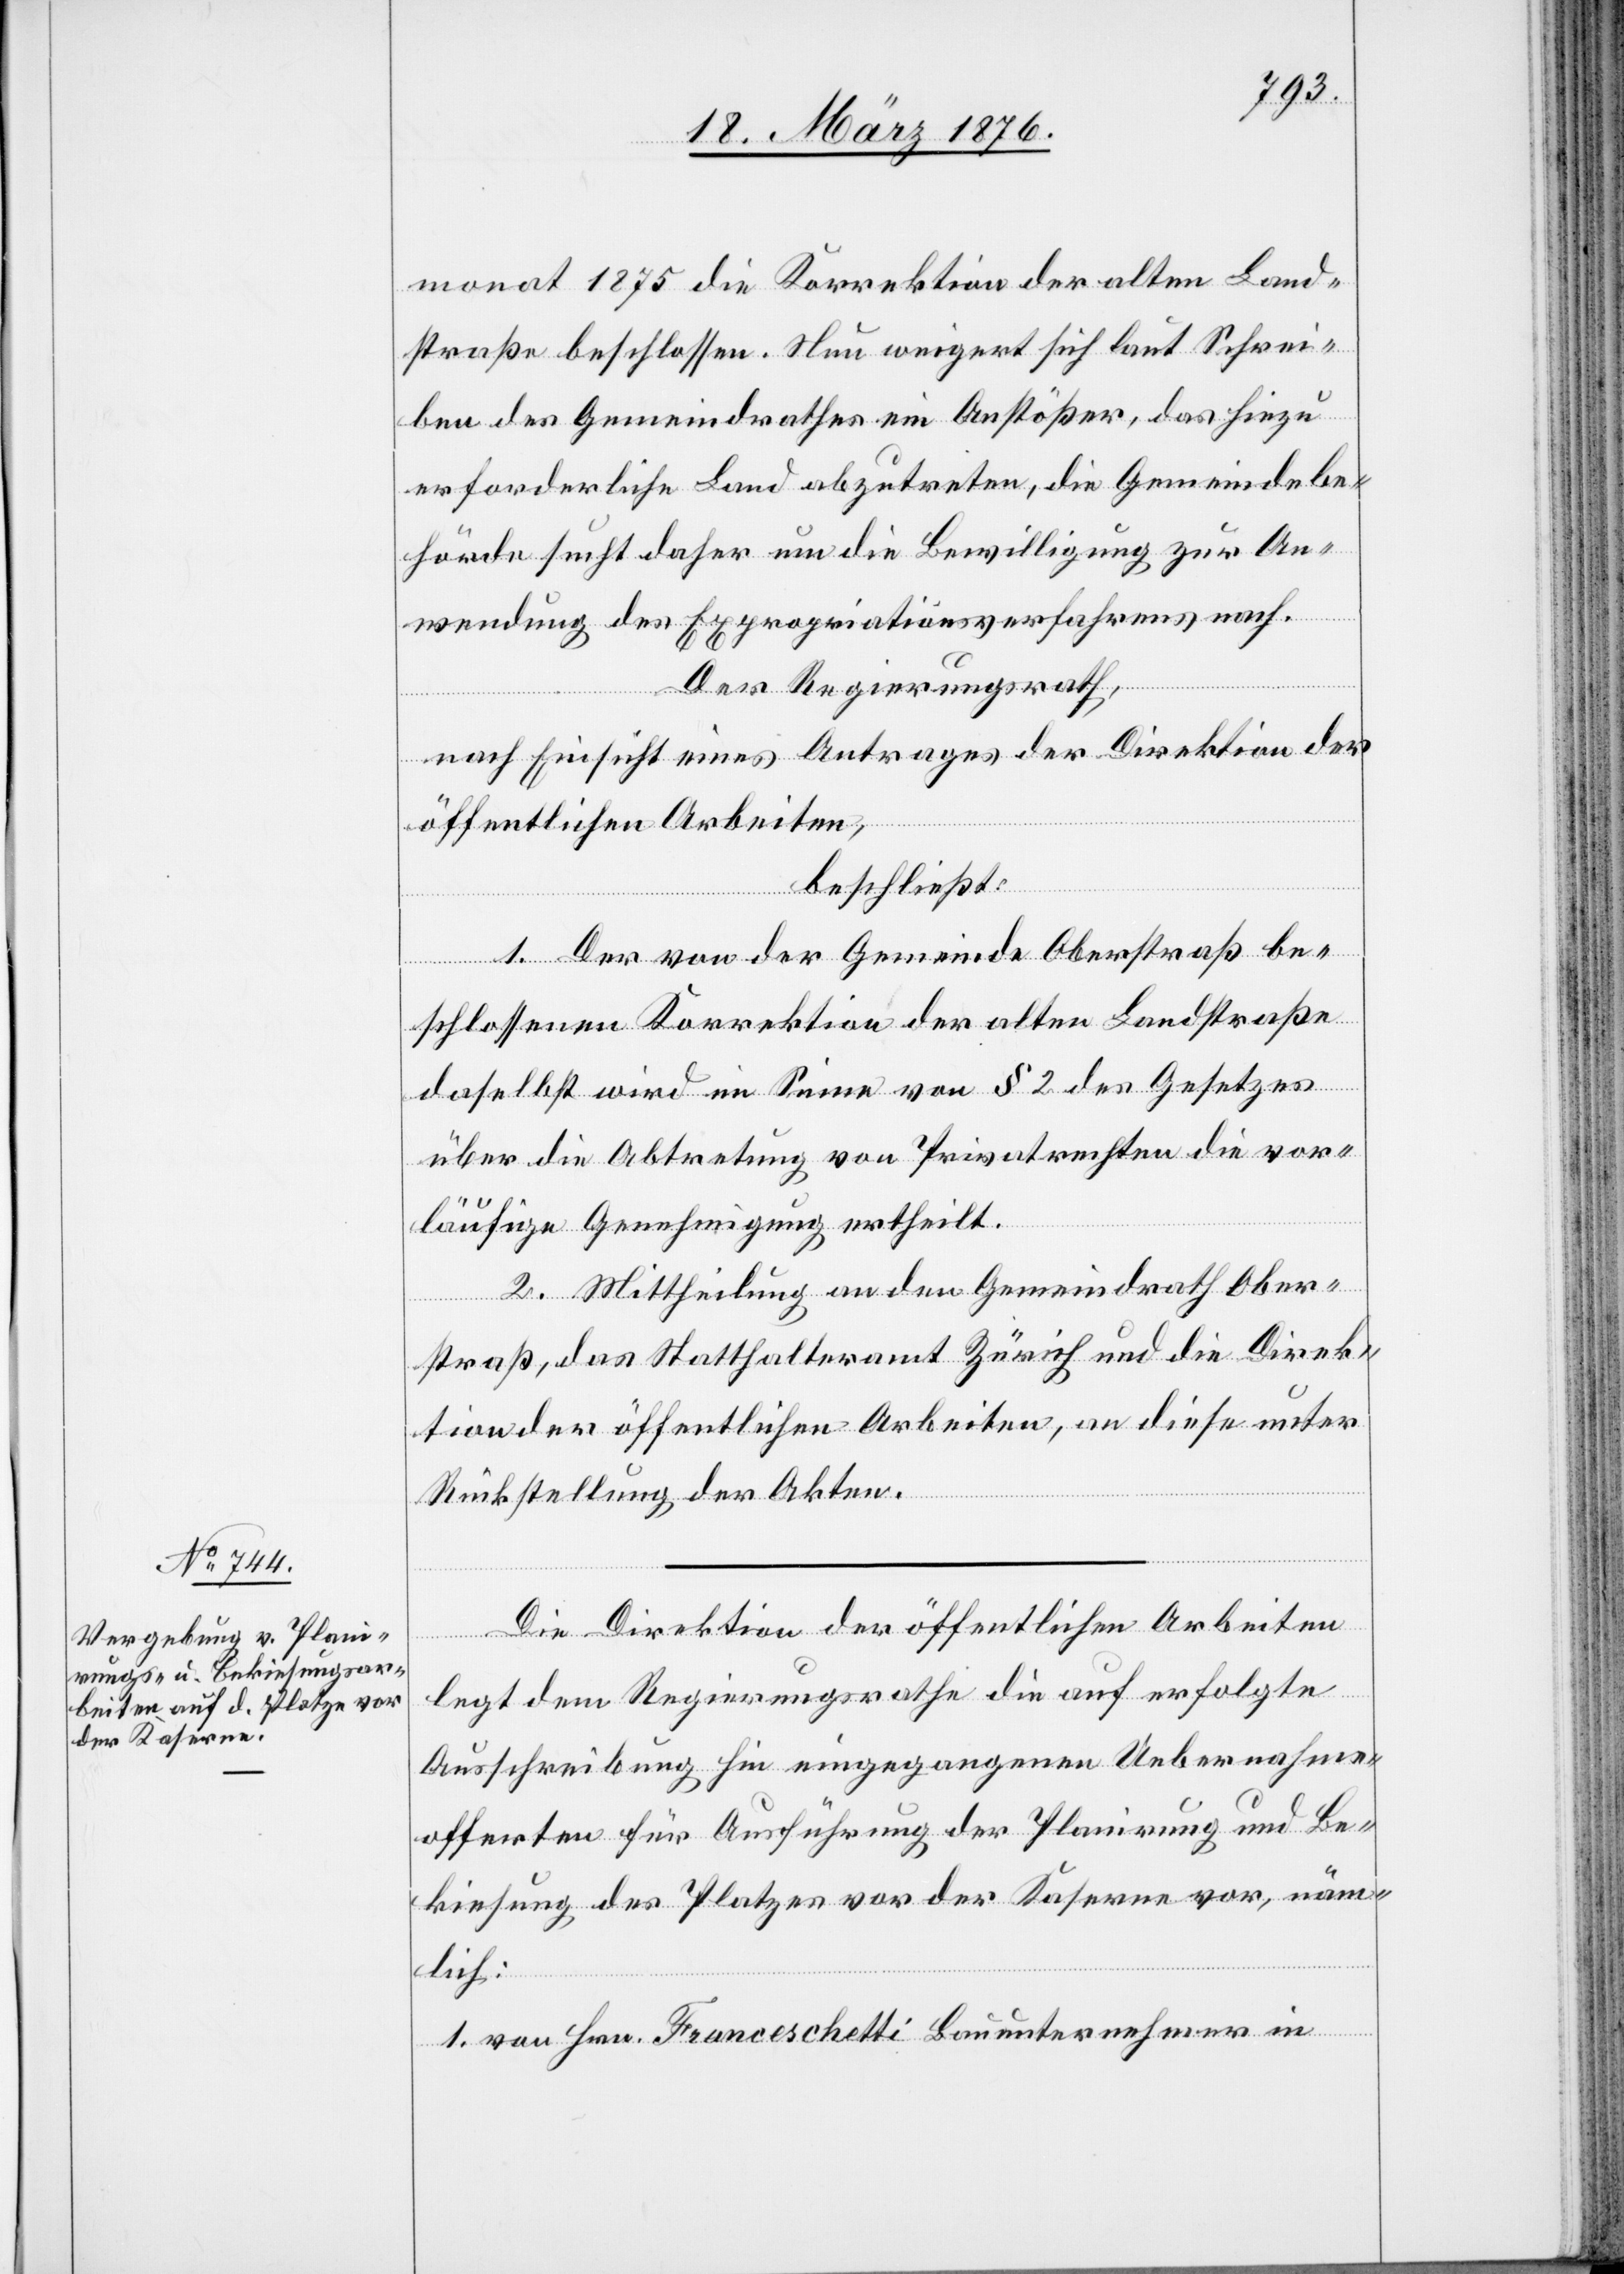
1.
monat 1875 die Korrektion der alten Land¬
straße beschlossen. Nun weigert sich laut Schrei¬
ben des Gemeindrathes ein Anstößer, das hiezu
erforderliche Land abzutreten, die Gemeindebe¬
hörde sucht daher um die Bewilligung zur An¬
wendung des Expropriationsverfahrens nach.
Der Regierungsrath,
nach Einsicht eines Antrages der Direktion der
in
öffentlichen Arbeiten,
beschließt:
1. Der von der Gemeinde Oberstraß be¬
schlossenen Korrektion der alten Landstraße
daselbst wird im Sinne von § 2 des Gesetzes
über die Abtretung von Privatrechten die vor¬
läufige Genehmigung ertheilt.
2. Mittheilung an den Gemeindrath Ober¬
straß, das Statthalteramt Zürich und die Direk¬
tion der öffentlichen Arbeiten, an diese unter
Rückstellung der Akten.
Die Direktion der öffentlichen Arbeiten
legt dem Regierungsrathe die auf erfolgte
Ausschreibung hin eingegangenen Uebernahme¬
offerten für Ausführung der Planierung und Be¬
kiesung des Platzes vor der Kaserne vor, näm¬
ternehmer
lich: